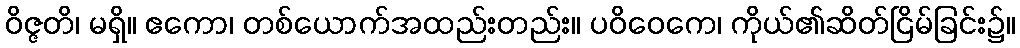
ဝိဇ္ဇတိ၊ မရှိ။ ဧကော၊ တစ်ယောက်အထည်းတည်း။ ပဝိဝေကေ၊ ကိုယ်၏ဆိတ်ငြိမ်ခြင်း၌။